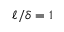
\ell / \delta = 1